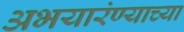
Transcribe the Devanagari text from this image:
अभयारंण्याच्या